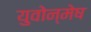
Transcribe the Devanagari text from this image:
युवोन्मेष